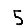
Digit: 5